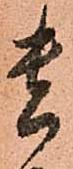
貴